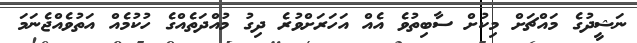
ނަޝީދުގެ މައްޗަށް މިކުށް ސާބިތުވެ އެއް އަހަރަށްވުރެ ދިގު މުއްދަތެއްގެ ހުކުމެއް އަތުވެއްޖެނަމަ